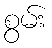
စွမ်း